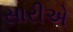
સારીએ